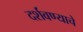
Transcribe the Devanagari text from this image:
दर्शवण्याचे